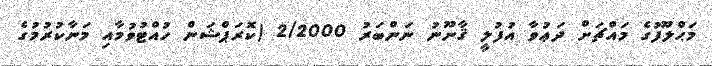
މަޙްލޫފުގެ މައްޗަށް ދަޢުވާ އުފުލީ ޤާނޫނު ނަންބަރު 2/2000 (ކޮރަޕްޝަން ހުއްޓުވުމާއި މަނާކުރުމުގެ